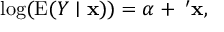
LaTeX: \log ( \operatorname { E } ( Y \mid \mathbf { x } ) ) = \alpha + \mathbf { \beta } ^ { \prime } \mathbf { x } ,